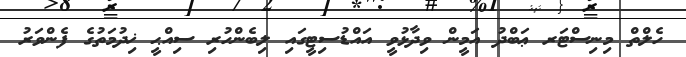
ހެލްތް މިނިސްޓަރ ޢަބްދު އަމީން ވިދާޅުވީ އައްޑުސިޓީގައި ލިބެންހުރި ސިއްޙީ ޚިދުމަތުގެ ފެންވަރު